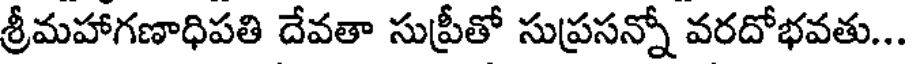
శ్రీమహాగణాధిపతి దేవతా సుప్రీతో సుప్రసన్నో వరదోభవతు...